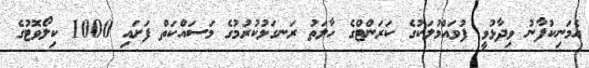
އެމަނިކުފާނު ވިދާޅުވީ ފުވައްމުލަކުގެ ކަރަންޓްގެ ހާލަތު ރަނގަޅުކުރުމުގެ މަސައްކަތް ފަށައި 1000 ކިލޯވޮޓުގެ